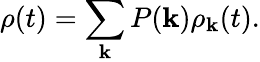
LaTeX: \rho(t)=\sum_{\mathbf{k}}P(\mathbf{k})\rho_{\mathbf{k}}(t).